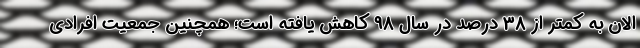
الان به کمتر از 38 درصد در سال 98 کاهش یافته است؛ همچنین جمعیت افرادی